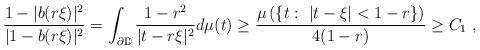
LaTeX: \begin{align*} \frac{1-|b(r\xi)|^2}{|1-b(r\xi)|^2}=\int_{\partial \mathbb{D}} \frac{1-r^2}{|t-r\xi|^2}d\mu(t)\geq \frac{\mu\left(\{ t:\ |t-\xi|<1-r\}\right)}{4(1-r)}\geq C_1\ ,\end{align*}